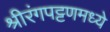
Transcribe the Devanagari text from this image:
श्रीरंगपट्टणमध्ये